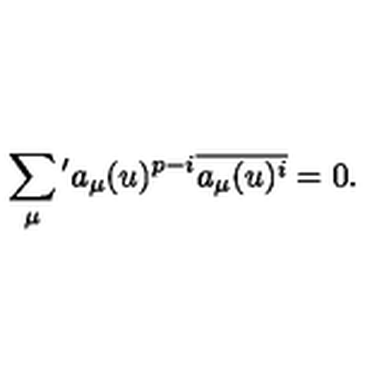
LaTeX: \sum _ { \mu } { } ^ { \prime } a _ { \mu } ( u ) ^ { p - i } \overline { { a _ { \mu } ( u ) ^ { i } } } = 0 .